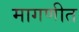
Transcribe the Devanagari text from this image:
मागणीत